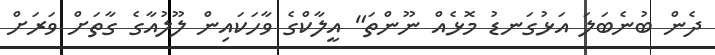
ދެން ބުނެބަލަ އަޅުގަނޑު މޮޅެއް ނޫންތަ" އީލާކްގެ ވާހަކައިން ލޫލުއާގެ ގާތަށް ވަރަށް